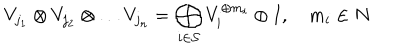
V _ { j _ { 1 } } \otimes V _ { j _ { 2 } } \otimes \ldots V _ { j _ { n } } = \bigoplus _ { i \in { \cal S } } V _ { i } ^ { \oplus m _ { i } } \oplus I , m _ { i } \in N